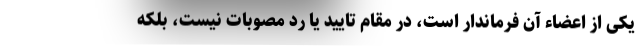
یکی از اعضاء آن فرماندار است، در مقام تایید یا رد مصوبات نیست، بلکه